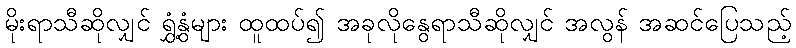
မိုးရာသီဆိုလျှင် ရွှံ့နွံများ ထူထပ်၍ အခုလိုနွေရာသီဆိုလျှင် အလွန် အဆင်ပြေသည့်